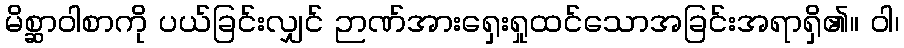
မိစ္ဆာဝါစာကို ပယ်ခြင်းလျှင် ဉာဏ်အားရှေးရှုထင်သောအခြင်းအရာရှိ၏။ ဝါ၊